Plague in India, 1896, 1897 - Volume 3
Year: 1896
Disease focus: Plague
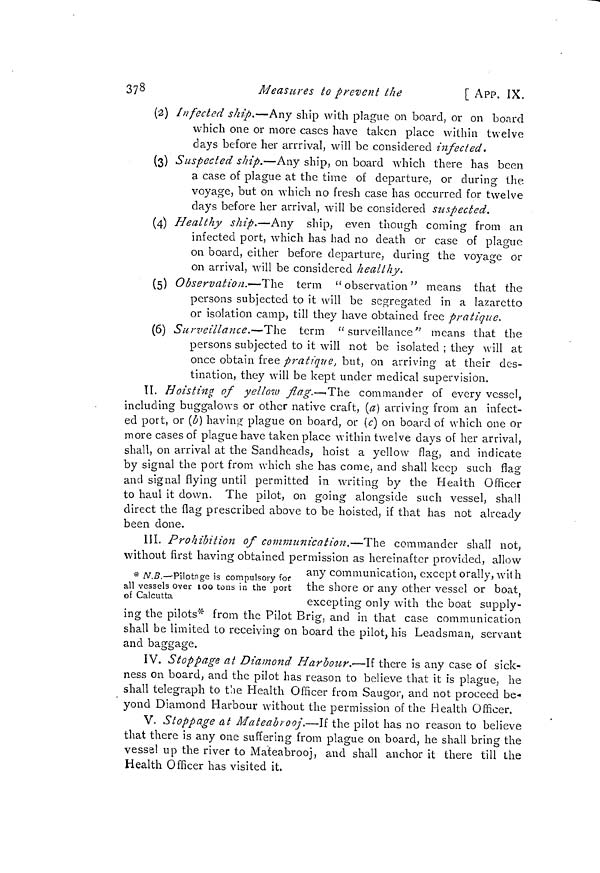
378
Measures to prevent
the
[ APP. IX.
(2) Infected ship.—Any ship with plague on board, or on board
which one or more cases have taken place within twelve
days before her arrrival, will be considered infected.
(3) Suspected ship.—Any ship, on board which there has been
a case of plague at the time of departure, or during the
voyage, but on which no fresh case has occurred for twelve
days before her arrival, will be considered suspected.
(4) Healthy ship.—Any ship, even though coming from an
infected port, which has had no death or case of plague
on board, either before departure, during the voyage or
on arrival, will be considered healthy.
(5) Observation.— The term " observation " means that the
persons subjected to it will be segregated in a lazaretto
or isolation camp, till they have obtained free pratique.
(6) Surveillance.—The term " surveillance " means that the
persons subjected to it will not be isolated ; they will at
once obtain free pratique, but, on arriving at their des-
tination, they will be kept under medical supervision.
II. H ois tina of yellow flag.— The commander of every vessel,
including buggalows or other native craft, (a) arriving from an infect-
ed port, or (b) having plague on board, or (c) on board of which one or
more cases of plague have taken place within twelve days of her arrival,
shall, on arrival at the Sandheads, hoist a yellow flag, and indicate
by signal the port from which she has come, and shall keep such flag
and signal flying until permitted in writing by the Health Officer
to haul it down. The pilot, on going alongside such vessel, shall
direct the flag prescribed above to be hoisted, if that has not already
been done.
* N.B.—Pilotage is compulsory for
all vessels over 100 tons in the port
of Calcutta
III. Prohibition of communication.—The commander shall not,
without first having obtained permission as hereinafter provided, allow
any communication, except orally, with
the shore or any other vessel or boat (
excepting only with the boat supply-
ing the pilots* from the Pilot Brig, and in that case communication
shall be limited to receiving on board the pilot, his Leadsman, servant
and baggage.
IV. Stoppage at Diamond Harbour.—If there is any case of sick-
ness on board, and the pilot has reason to believe that it is plague, he
shall telegraph to the Plealth Officer from Saugor, and not proceed be-
yond Diamond Harbour without the permission of the Health Officer.
V. Stoppage at Mateabrooj.—If the pilot has no reason to believe
that there is any one suffering from plague on board, he shall bring the
vessel up the river to Mateabrooj, and shall anchor it there till the
Health Officer has visited it.